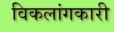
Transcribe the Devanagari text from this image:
विकलांगकारी